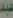
عبد